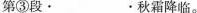
第③段· ·秋霜降临。